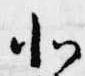
北